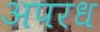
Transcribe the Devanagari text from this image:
अपरध